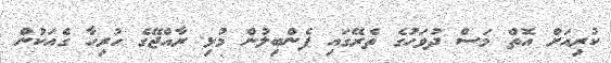
ކުރިއަށް އޮތް މަސް ދުވަހުގެ ތެރޭގައި ފެންބިލުން މުޅި ރާއްޖޭގެ ހުރިހާ ގެއަކުން